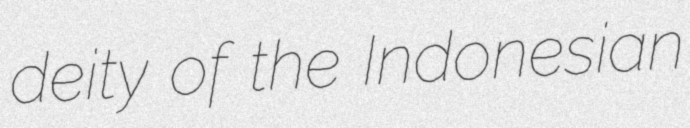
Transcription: deity of the Indonesian